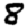
Digit: 8